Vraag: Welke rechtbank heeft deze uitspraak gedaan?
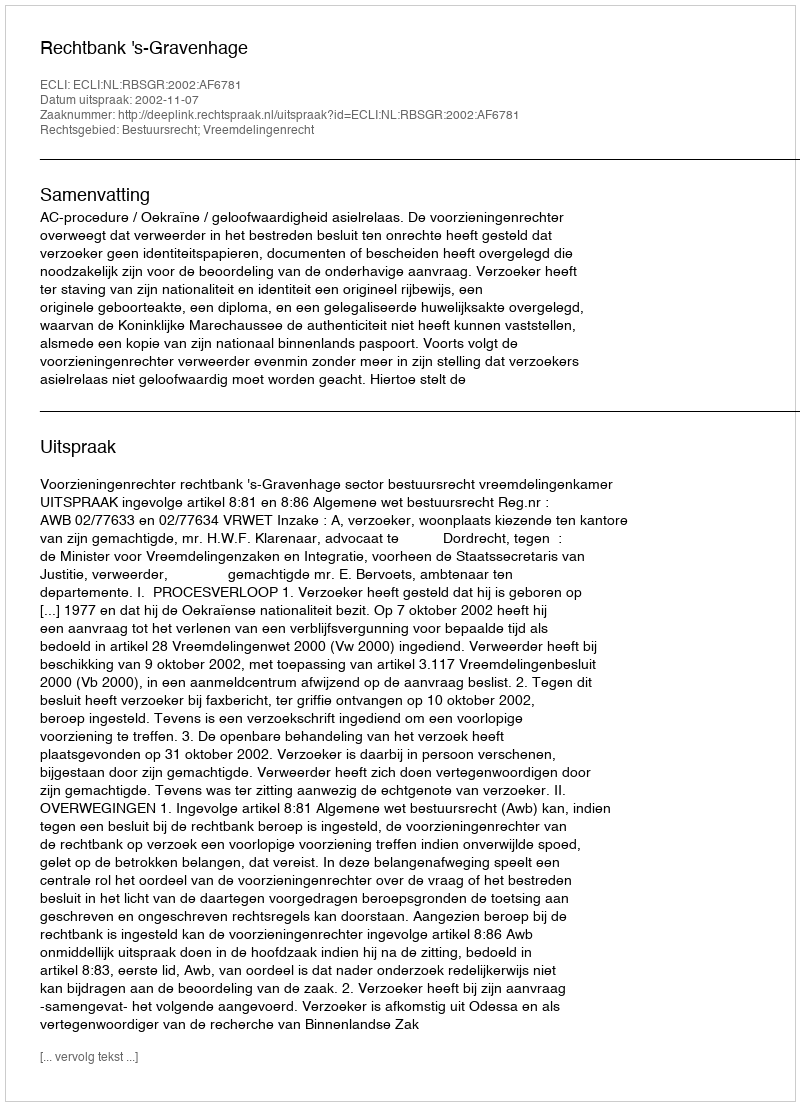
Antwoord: Rechtbank 's-Gravenhage